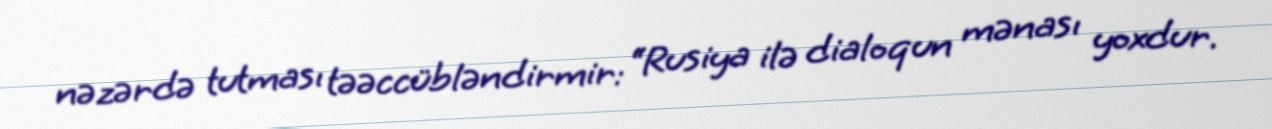
nəzərdə tutması təəccübləndirmir: “Rusiya ilə dialoqun mənası yoxdur.